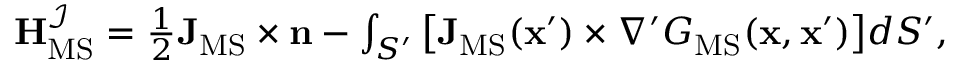
\begin{array} { r } { \mathbf { H } _ { \mathrm { M S } } ^ { \mathcal { I } } = \frac { 1 } { 2 } \mathbf { J } _ { \mathrm { M S } } \times \mathbf { n } - \int _ { S ^ { \prime } } \big [ \mathbf { J } _ { \mathrm { M S } } ( \mathbf { x } ^ { \prime } ) \times \nabla ^ { \prime } G _ { \mathrm { M S } } ( \mathbf { x } , \mathbf { x } ^ { \prime } ) \big ] d S ^ { \prime } , } \end{array}